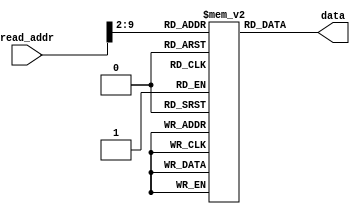
`timescale 1ns / 1ps
//////////////////////////////////////////////////////////////////////////////////
// Company: 
// Engineer: 
// 
// Design Name: 
// Module Name: instruction_mem
// Project Name: 
// Target Devices: 
// Tool Versions: 
// Description: 
// 
// Dependencies: 
// 
// Revision:
// Revision 0.01 - File Created
// Additional Comments:
// 
//////////////////////////////////////////////////////////////////////////////////


module instruction_mem(
    input [31:0] read_addr,
    output [31:0] data
    );
    
    reg [31:0] rom [255:0];  
    
    initial  
    begin  
		                                                // instruction           alu result            register content       mem content
														
        rom[0] = 32'b00100000000000010000000000000110; // addi r1,r0,#6             6; b110; d6                r1=6                   -
        rom[1] = 32'b11000000001000000000100010000000; // sll r1, r1, 2             b11000, d24                 r1 = 24         
        rom[2] = 32'b00110000001000100000000000000000; //andi r1, r2, 2             b0, d0                 r2 = d0
        rom[3] = 32'b00000000010000010000000000100111;  //nor r2, r1, r0             b00100, d8                  r0 = 8 
        rom[4] = 32'b00000000000000010000100000101010; //slt r0, r1, r1             b1, d1                      r1 = 1
        rom[5] = 32'b00100000010000100000000000000111; //addi r2, r2, 3             d3                          r2 = 7
        rom[6] = 32'b11000000010000000001100010000010; //srl r2, r3, 2            b1, d1                       r3 = 1 
        rom[7] = 32'b11000000001000010000111111000000; // sll r1, r1, 31             b111..00,                 r1 = 11..00
        rom[8] = 32'b11000000001000000000001111000011; //sra r1, r1,31             b01                         r1 = 1
        rom[9] = 32'b00000000011000100001000000100110; //xor r3, r2, r2            d6, b001100                  r2 = d6
        rom[10]=  32'b00100000100001000000000000000010; // addi r4,r4,#2             2; b10; d2                r4=2        
        rom[11] = 32'b00000000010001000010100000011000;//mult r2, r4, r4                                      
        rom[12] = 32'b00000000010001010001100000011010; //div r2, r3, r2            
        rom[13] = 32'b00010000001000000000000000000010; //beq 
        rom[14] = 32'b00010000110001110000000000000001; //beq 
        rom[15] = 32'b11000000001000000000001111000011; // skipping because of branch
        rom[16] = 32'b00001000000000000000000000010011; //jump to instruction 19
        rom[17] = 32'b00100000000000010000000000000111; //   
        rom[18] = 32'b11000000001000000000100010000000; //   
        rom[19] = 32'b00100000000000010000000000001111; // addi r1,r0,#15             15; b1111;                 r1=15     
        //rom[20] = 32'b00100000000000010000000000011111; // addi r1,r0,#31             15; b11111;                 r1=31   
        /*rom[1]  = 32'b00100000000000100000000000001110; // addi r2,r0,#e                 e                    r2=e                   -
        rom[2]  = 32'b00100000000000110000000001001110; // addi r3,r0,#4e                4e                   r3=4e                  -
        rom[3]  = 32'b00100000000001000000000011010010; // addi r4,r0,#d2                d2                   r4=d2                  -
        rom[4]  = 32'b00100000000001011110000110010101; // addi r5,r0,#e195           ffffe195                r5=ffffe195            -
        rom[5]  = 32'b00100000000001101111111000010010; // addi r6,r0,#fe12           fffffe12                r6=fffffe12            -
        rom[6]  = 32'b00000000001001000011100000100000; // add r7,r1,r4                  d8                   r7=d8                  -
        rom[7]  = 32'b00000000011001010100000000100000; // add r8,r3,r5               ffffe1e3                r8=ffffe1e3            -
        rom[8]  = 32'b10101100001001110000000000000010; // sw mem[r1+2] <= r7            8                    -                   mem[2]=d8
        rom[9]  = 32'b10101100100010001111111111111110; // sw mem[r4-2] <= r8            d0                   -                   mem[52]=ffffe1e3
        rom[10] = 32'b00000000100000100100100000100010; // sub r9,r4,r2                  C4                   r9=c4                  -
        rom[11] = 32'b00000000001001010101000000100010; // sub r10,r1,r5                1e71                  r10=1e71               -
        rom[12] = 32'b10101101001010100000000000000000; // sw mem[r9+0] <= r10           c4                   -                   mem[49]=1e71
        rom[13] = 32'b00000001001001110101100000100101; // or r11,r9,r7                  dc                   r11=dc                 -
        rom[14] = 32'b00000001000010100110000000100100; // and r12,r8,r10                61                   r12=61                 -
        rom[15] = 32'b10001100001011010000000000000010; // r13 =mem[r1+2]                8                    r13=d8                 -
        rom[16] = 32'b10001100100011101111111111111110; // r14 =mem[r4-2]                d0                   r14=ffffe1e3           -
        rom[17] = 32'b10001101001011110000000000000000; // r15 =mem[r9+0]                c4                   r15=1e71               - 
        */   
      end  
      
      assign data = rom[read_addr[9:2]];

endmodule